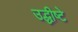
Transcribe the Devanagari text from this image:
उद्धीष्टे